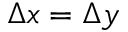
\Delta x = \Delta y